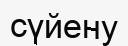
сүйену